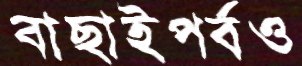
বাছাইপর্বও